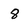
Character: 8